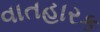
વાતહારક